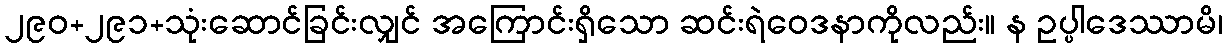
၂၉၀+၂၉၁+သုံးဆောင်ခြင်းလျှင် အကြောင်းရှိသော ဆင်းရဲဝေဒနာကိုလည်း။ န ဥပ္ပါဒေဿာမိ၊